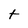
Character: t